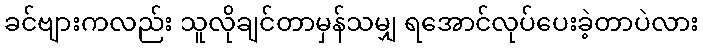
ခင်ဗျားကလည်း သူလိုချင်တာမှန်သမျှ ရအောင်လုပ်ပေးခဲ့တာပဲလား